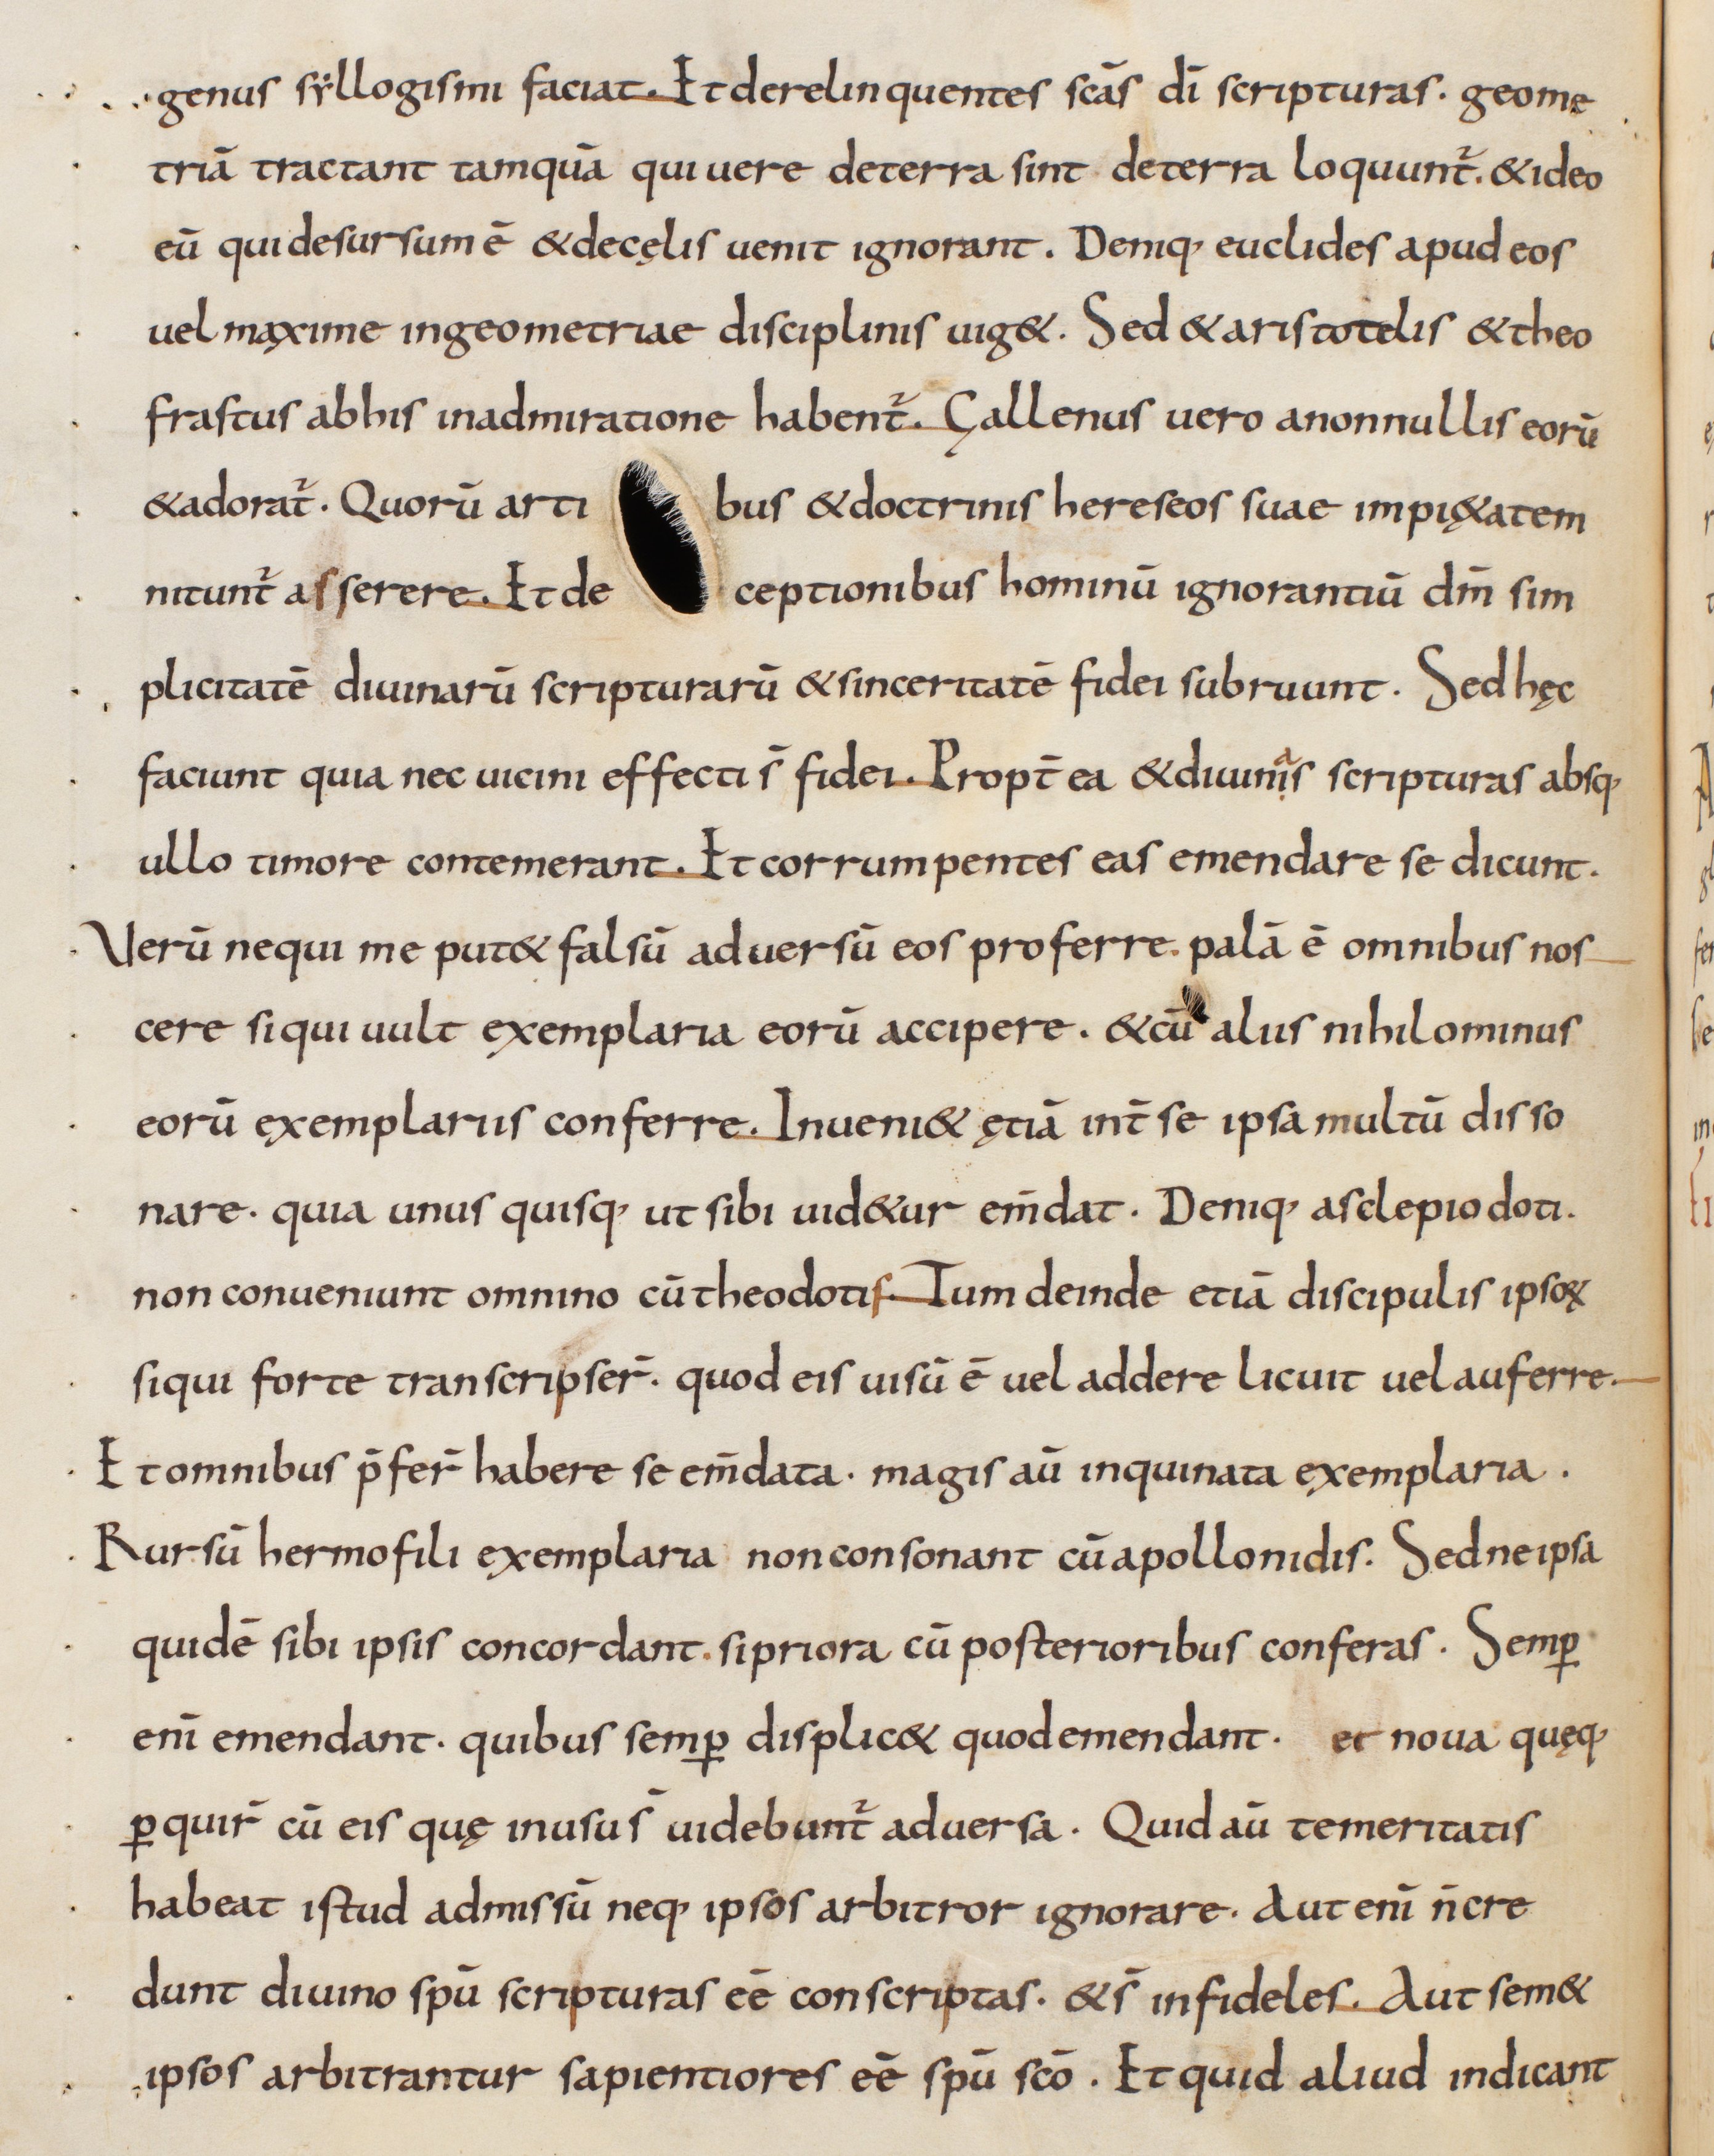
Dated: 833–865